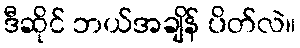
ဒီဆိုင် ဘယ်အချိန် ပိတ်လဲ။